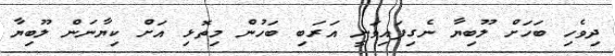
ދިވެހި ބަހަށް ލޫބިޔާ ނެގިފައިވަނީ އަރަބި ބަހުން މިތޮޅި އަށް ކިޔާނަން ލޫބިޔާ